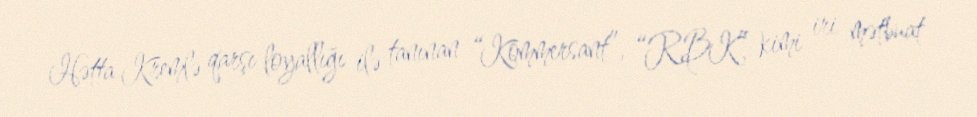
Hətta Kremlə qarşı loyallığı ilə tanınan “Kommersant”, “RBK” kimi iri mətbuat